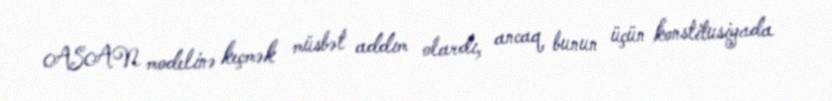
ASAN modelinə keçmək müsbət addım olardı, ancaq bunun üçün konstitusiyada